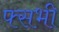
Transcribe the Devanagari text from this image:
फ्सभी